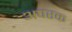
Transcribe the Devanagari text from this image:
अपरक